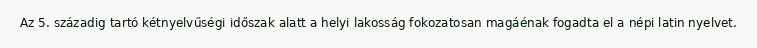
Az 5. századig tartó kétnyelvűségi időszak alatt a helyi lakosság fokozatosan magáénak fogadta el a népi latin nyelvet.